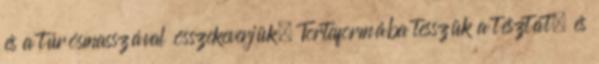
és a túrósmasszával összekeverjük. Tortaformába tesszük a tésztát, és